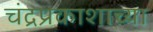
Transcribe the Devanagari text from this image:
चंद्रप्रकाशाच्या